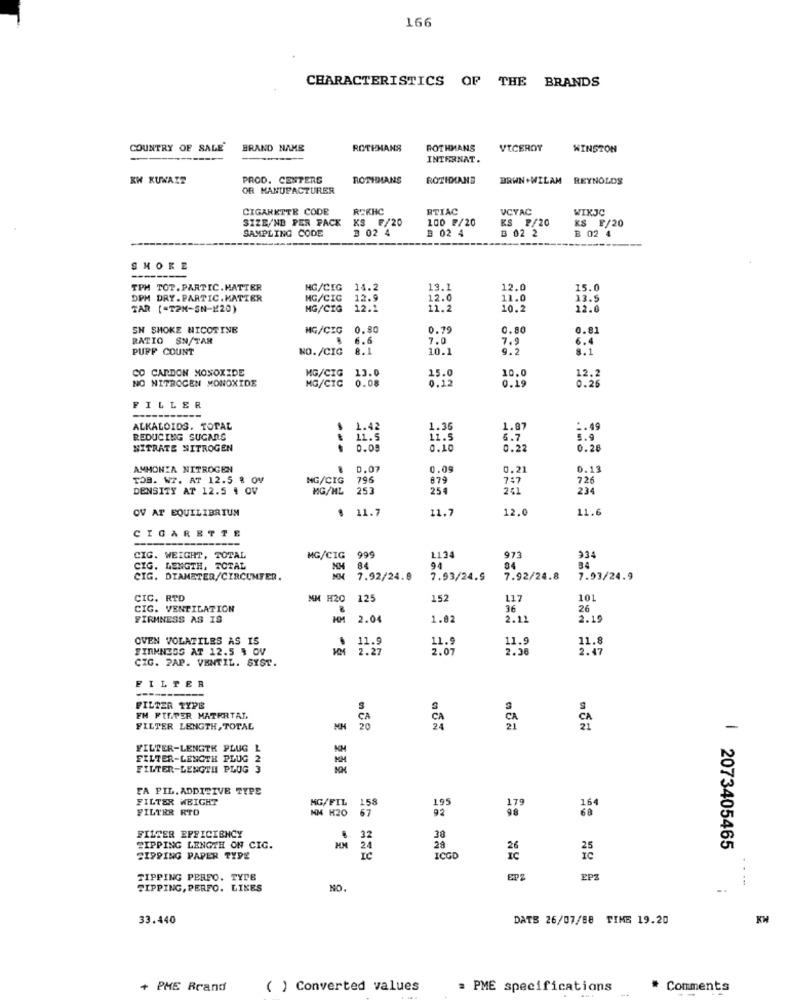
166
CHARACTERISTICS OF THE BRANDS
COUNTRY OF SALE
BRAND NAME
ROTHMANS
ROTHMANS
VICEROY
WINSTON
INTERNAT.
KW KUWAIT
PROD. CENTERS
ROTHMANS
ROTHMANS
BRWN +WILAM REYNOLDS
OR MANUFACTURER
CIGARETTE CODE
REKHC
RTIAC
VCYAC
WIXJC
SIZE/NB PER PACK
KS ₣/20
100 ₡/20
KS P/20
KS F/20
SAMPLING CODE
3 02 4
B 02 4
B 02 4
B 02 2
SMOKE
------
TPM TOT. PARTIC. MATTER
NG/CIG
14.2
13.1
12.0
15.0
DPM DRY. PARTIC.MATTER
MG/CIC
12.9
12.0
11.0
13.5
TAR (=T2H-SN-¥20)
MG/CIG
12.3
11.2
10.2
12.0
SH SMOKE NICOTINE
MG/CIG
0.80
0.79
0.80
0.81
RATIO SN/TAR
6.6
7.0
7.9
PUFF COUNT
NO./CIG
8.1
10.1
9.2
CO CARBON MONOXIDE
13.
NO NITROGEN MONOXIDE
MG/CIG
0.08
15.0
0.12
10.0
0.19
12.2
0.28
MG/CIC
FILLER
ALKALOIDS. TOTAL
1.42
1.35
1.87
:. 49
REDUCING SUGARS
11.5
11.5
5.7
5.9
NITRATE NITROGEN
0.0
0.1
0.22
0.26
AMMONIA NITROGEN
D.07
0.09
0.21
0.13
TOB. W7. AT 12.5 % OV
NG/CIG
79.6
879
747
726
DENSITY AT 12.5 4 QV
MG/ML
253
254
241
234
OV AT EQUILIBRIUM
$ 11.7
11.7
12.
11.6
CIGARETTE
--
---
CIG. WEIGHT, TOTAL
MG/CIG
999
1124
973
334
CIG. LENGTH. TOTAL
NM
84
94
04
34
CIG. DIAMETER/CIRCUMFER.
7.92/24.8
7.93/24.5
7.92/24.8
7.93/24.9
CIC. RTD
MM H20
125
152
117
101
CIG. VENTILATION
36
26
FIRMNESS AS IS
2.04
1.82
2.12
2.19
OVEN VOLATILES AS IS
11.9
11.8
FIRMNESS AT 12.5 % OV
HM 2.27
11.
2.56
2.47
CIG. PAP. VENTIL. SYST.
FILTER
FILTER TYPB
EN FILTER MATERTAL
CA
FILTER LENGTH, TOTAL
FILTER-LENGTH PLUG L
KM
FILTER-LENGTH PLUG
FILTER-LENGTH PLUG
FA FIL. ADDITIVE TYPE
FILTER WEIGHT
195
FILTER RTD
MM H20
MG/FIL
92
FILTER EFFICIENCY
32
38
TIPPING LENGTH ON CIG.
HM
24
28
25
| 2073405465
SIPPING PAPER TYPE
IC
ICGD
TIPPING PERFO. TYPE
EPZ
TIPPING, PERFO. LIKES
NO.
..
33.440
DATE 26/07/88 TIME 19.20
+ PME Brand
( ) Converted values
= PME specifications
* Comments